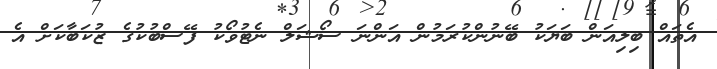
އެތައް ބިލިއަން ބަޔަކު ބޭނުންކުރަމުން އަންނަ ސޯޝަލް ނެޓުވޯކު ފޭސްބުކުގެ ޒުކަބާކަށް އެ